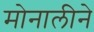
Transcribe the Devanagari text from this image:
मोनालीने